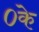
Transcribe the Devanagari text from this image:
०के